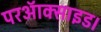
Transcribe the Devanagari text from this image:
परऑक्साइड।